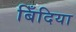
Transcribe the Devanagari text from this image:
बिँदिया